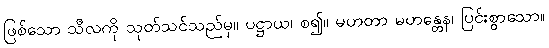
ဖြစ်သော သီလကို သုတ်သင်သည်မှ။ ပဋ္ဌာယ၊ စ၍။ မဟတာ မဟန္တေန၊ ပြင်းစွာသော။